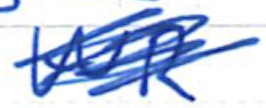
Text: WR
Cross-out: scratch
Writing tool: ballpoint